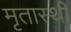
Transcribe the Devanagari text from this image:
मृतास्थी